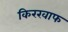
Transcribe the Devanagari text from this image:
किरखाफ